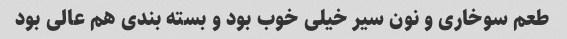
طعم سوخاری و نون سیر خیلی خوب بود و بسته بندی هم عالی بود